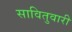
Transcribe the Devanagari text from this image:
सावितुवारी